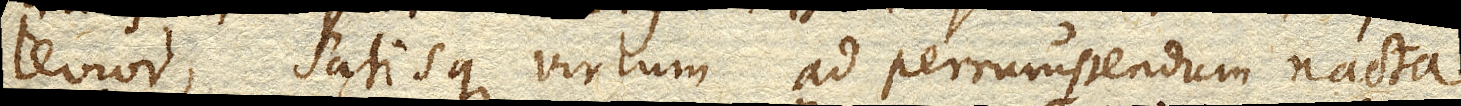
levior, satisque virium ad perrumpendum nacta